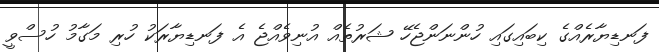
ފަނޑިޔާރެއްގެ ކިބައިގައި ހުންނަންޖެހޭ ޝަރުތެއް އުނިވެއްޖެ އެ ފަނޑިޔާރަކު ހުރި މަގާމު ހުސްވީ